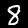
Label: 8